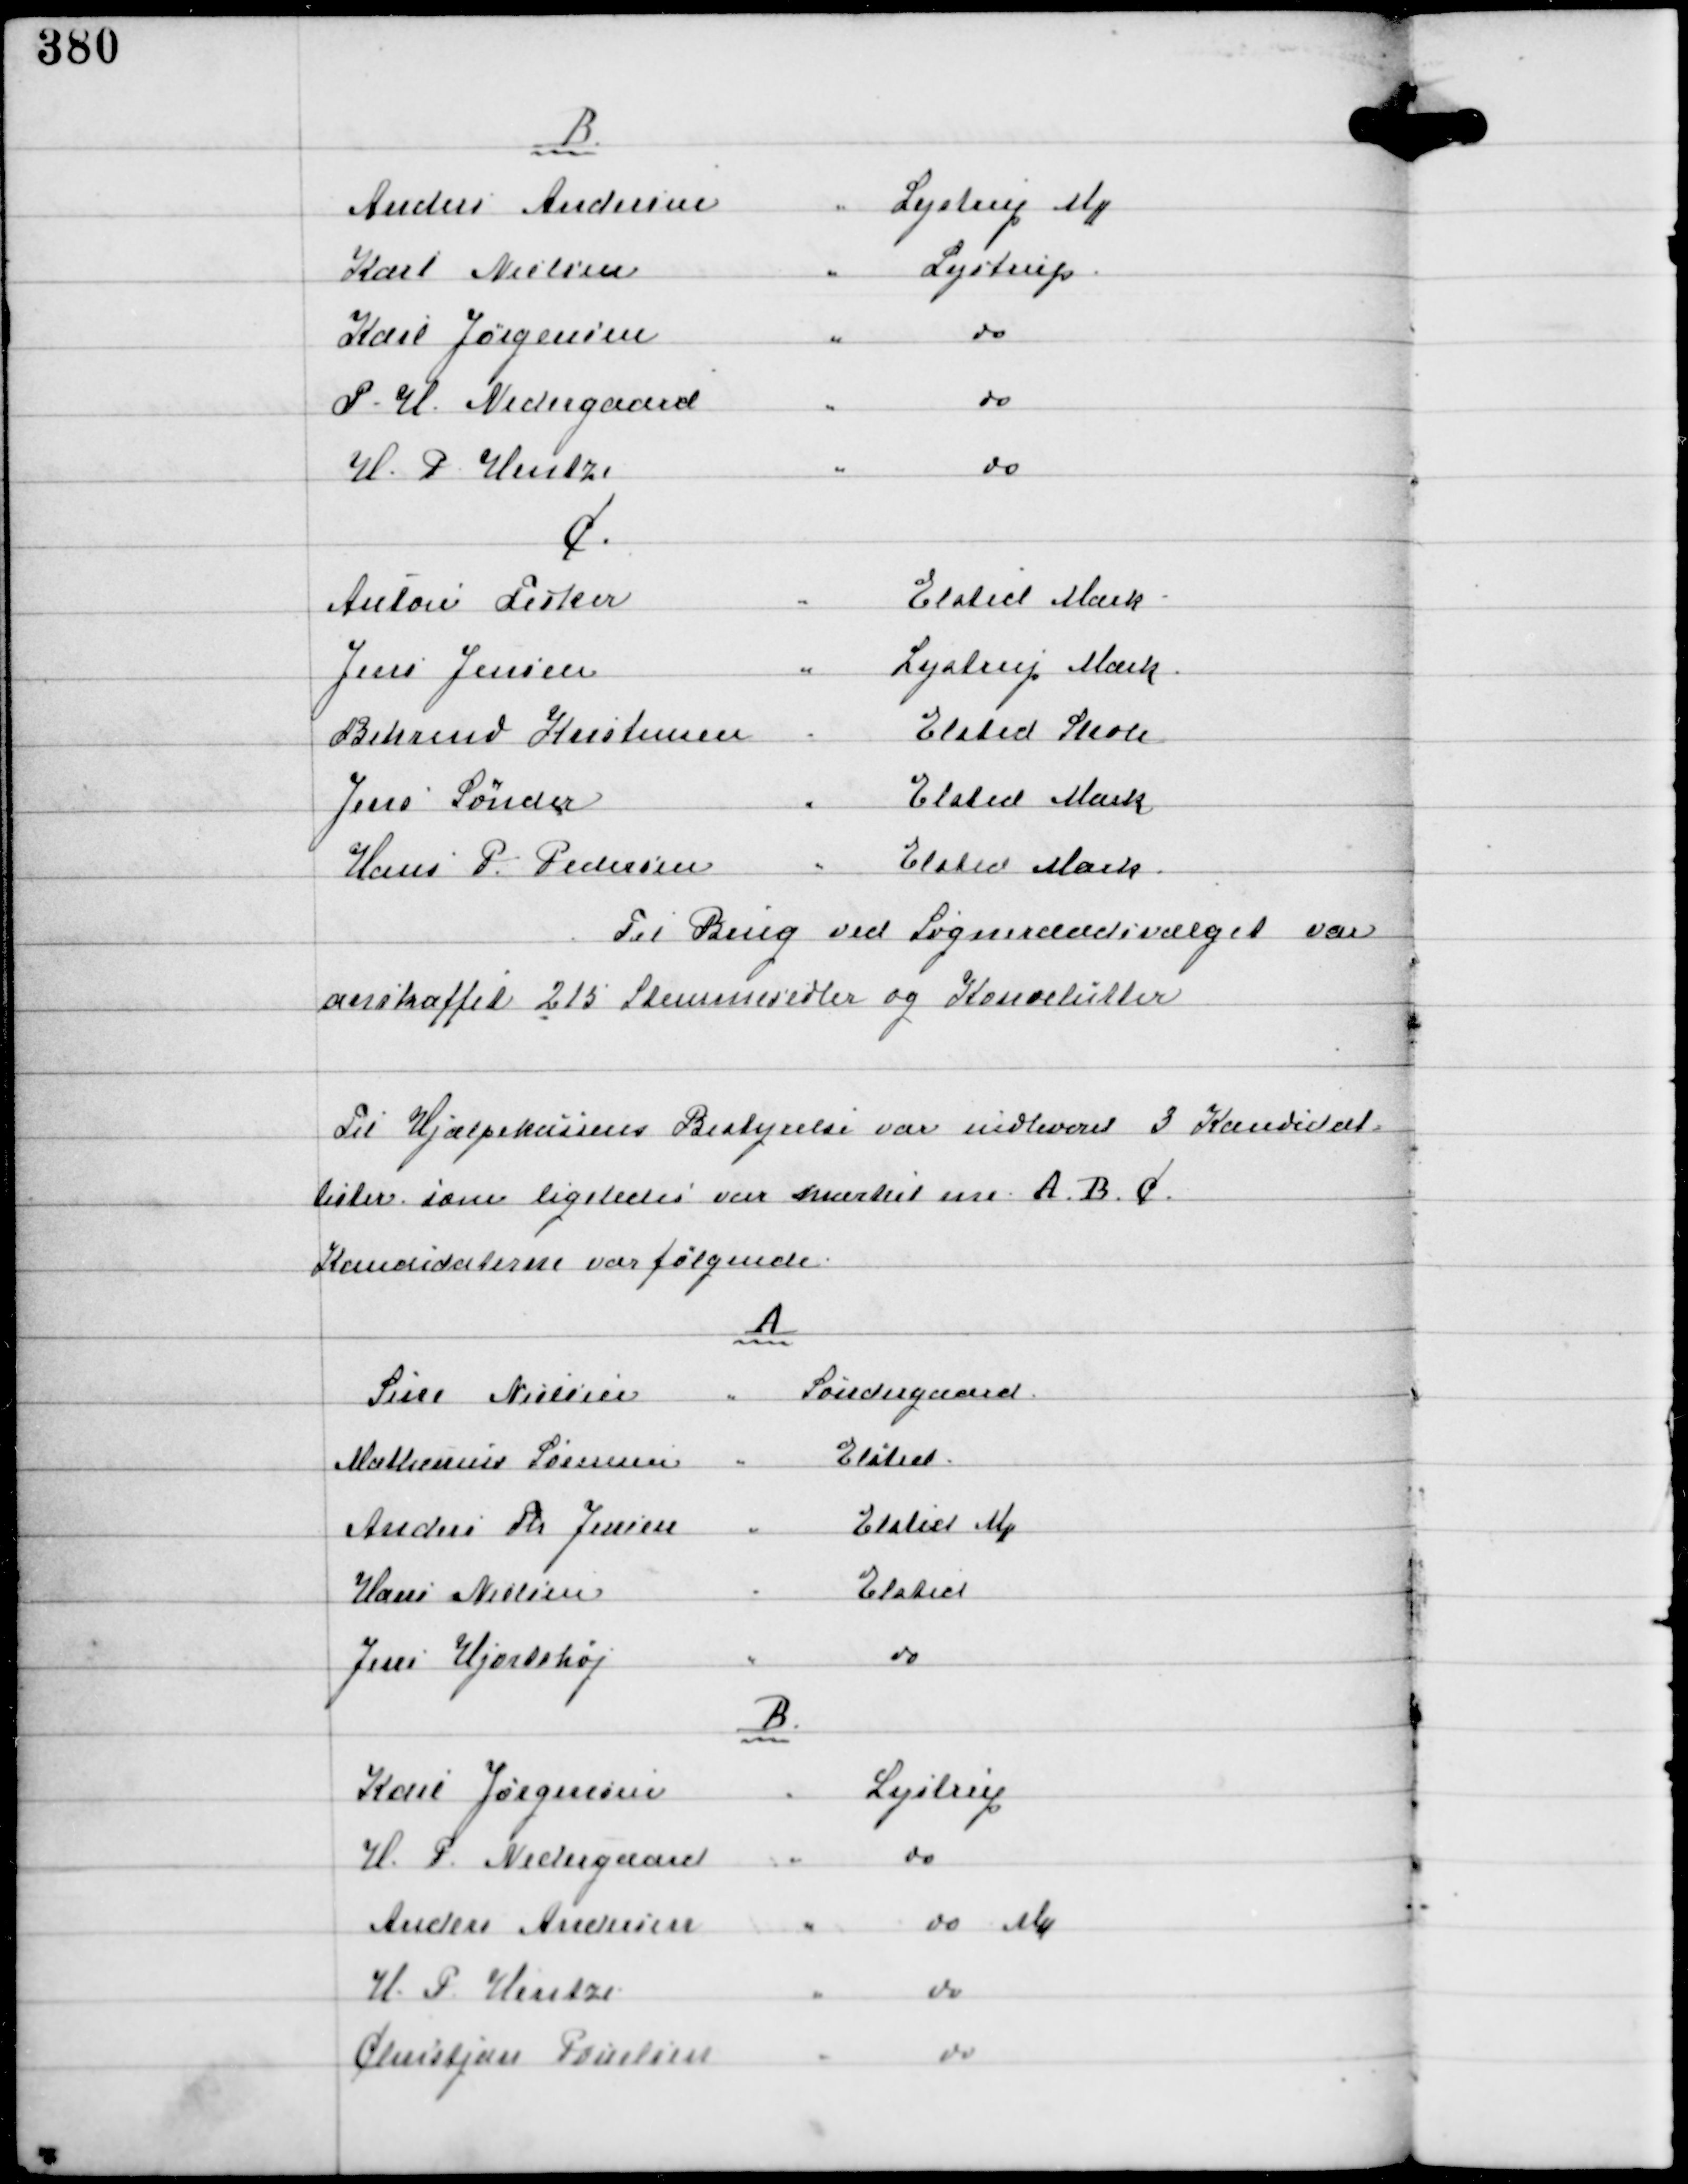
Transskription:
B

C

Til Brug ved Sogneraadsvalget var
anskaffet 215 Stemmesedler og Konvolutter

Til Hjælpekassens Bestyrelse var indleveret 3 Kandidat-
lister som ligeledes var mærket A. B. C.
Kandidaterne var følgende:

A

B